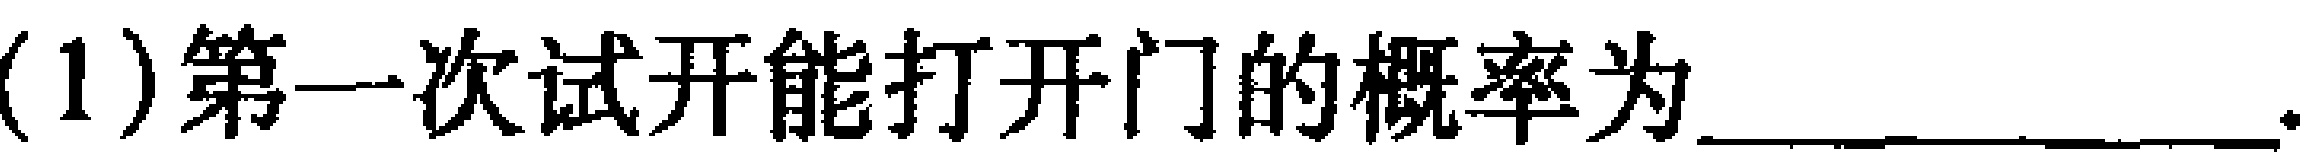
(1)第一次试开能打开门的概率为______________.